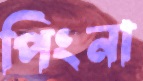
পিংনা